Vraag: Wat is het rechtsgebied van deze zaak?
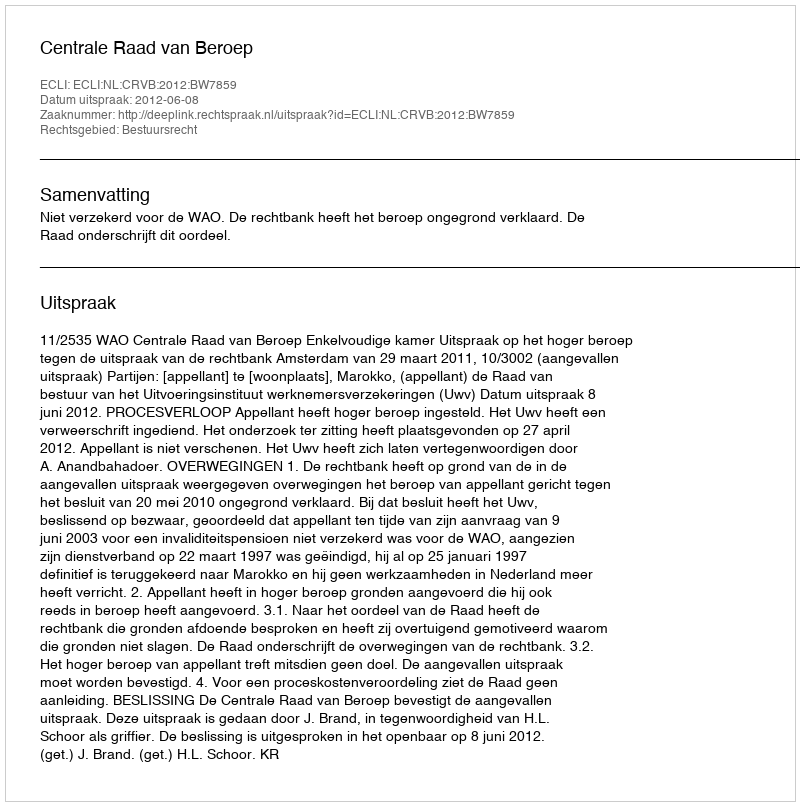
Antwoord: Bestuursrecht